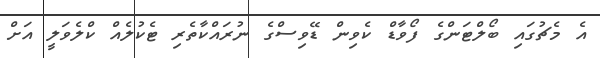
އެ މެޗުގައި ބޯލްޓަންގެ ފޯވާޑް ކެވިން ޑޭވިސްގެ ނުރައްކާތެރި ޓެކުލެއް ކްލެވަލީ އަށް